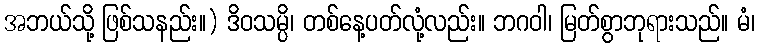
အဘယ်သို့ ဖြစ်သနည်း။) ဒိဝသမ္ပိ၊ တစ်နေ့ပတ်လုံ့လည်း။ ဘဂဝါ၊ မြတ်စွာဘုရားသည်။ မံ၊